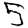
Digit: 5